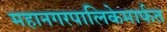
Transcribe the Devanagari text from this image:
महानगरपालिकेमार्फत